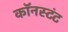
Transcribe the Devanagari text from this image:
कॉनस्टंट